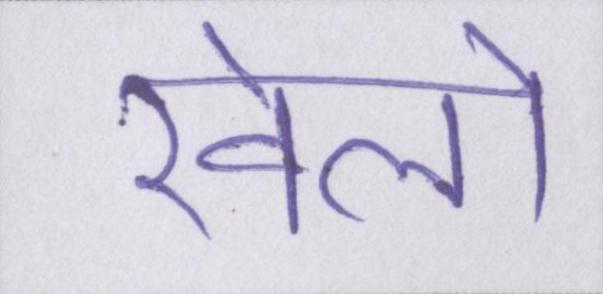
खेलो